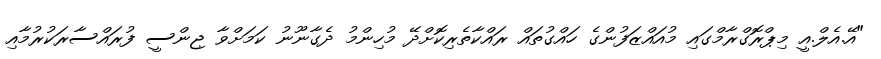
"އޭ.އެލް.އީ މިޕްރޮގްރާމްގައި މުއައްޒަފުންގެ ހައްގުތައް ރައްކާތެރިކޮށްދޭ މުހިންމު ދެގާނޫނު ކަމަށްވާ ޖިންސީ ފުރައްސާރަކުރުމާއި